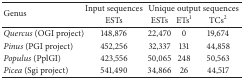
| <ROWSPAN=2> Genus | Input sequences | <COLSPAN=3> Unique output sequences |
 | ESTs | ESTs | ETs1 | TCs2 |
 | --- | --- | --- | --- | --- |
 | Quercus (OGI project) | 148,876 | 22,470 | 0 | 19,674 |
 | Pinus (PGI project) | 452,256 | 32,337 | 131 | 44,858 |
 | Populus (PplGI) | 423,556 | 50,065 | 248 | 50,563 |
 | Picea (Sgi project) | 541,490 | 34,866 | 26 | 44,517 |